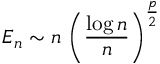
E _ { n } \sim n \, \left( \frac { \log n } { n } \right) ^ { \frac { p } { 2 } }